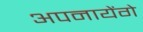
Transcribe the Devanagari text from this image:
अपनायेंगे